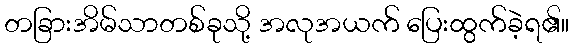
တခြားအိမ်သာတစ်ခုသို့ အလုအယက် ပြေးထွက်ခဲ့ရ၏။